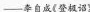
—李自成《登极诏》